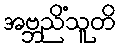
အဗ္ဘညိံသူတိ